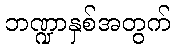
ဘဏ္ဍာနှစ်အတွက်